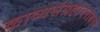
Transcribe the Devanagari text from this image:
काव्यसंग्रहांबरोबरच